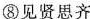
⑧见贤思齐